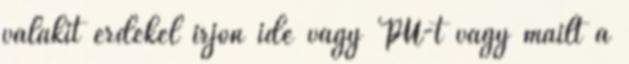
valakit érdekel irjon ide vagy PÜ-t vagy mailt a